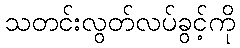
သတင်းလွတ်လပ်ခွင့်ကို